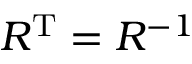
R ^ { \mathrm { T } } = R ^ { - 1 }